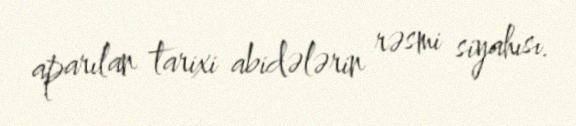
aparılan tarixi abidələrin rəsmi siyahısı.